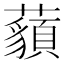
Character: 𧂀